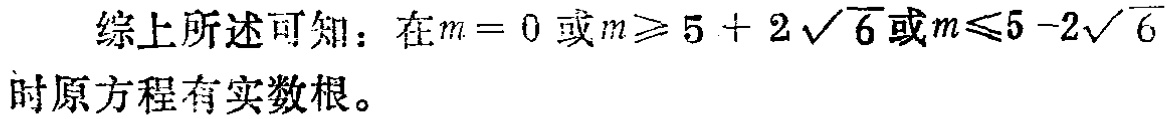
综上所述可知：在\(m = 0\)或\(m\geqslant 5 + 2\sqrt{6}\)或\(m\leqslant 5 - 2\sqrt{6}\)时原方程有实数根。